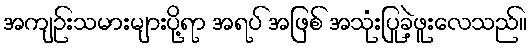
အကျဉ်းသမားများပို့ရာ အရပ် အဖြစ် အသုံးပြုခဲ့ဖူးလေသည်။